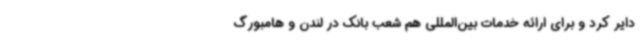
دایر کرد و برای ارائه خدمات بین‌المللی هم شعب بانک در لندن و هامبورگ